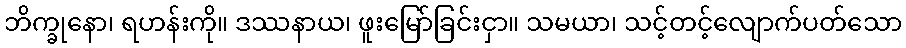
ဘိက္ခုနော၊ ရဟန်းကို။ ဒဿနာယ၊ ဖူးမြော်ခြင်းငှာ။ သမယာ၊ သင့်တင့်လျောက်ပတ်သော